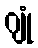
ဂျုံ